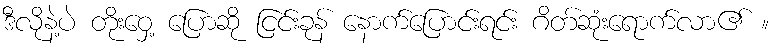
ဒီလိုနဲ့ပဲ တိုးဝှေ့ ပြောဆို ငြင်းခုန် နောက်ပြောင်းရင်း ဂိတ်ဆုံးရောက်လာ၏ ။